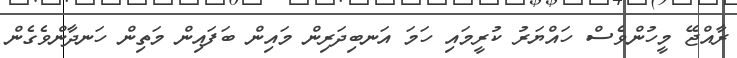
ރާއްޖޭ މީހުންވެސް ހައްޔަރު ކުރީމައި ހަމަ އަނބިދަރިން މައިން ބަފައިން މަތިން ހަނދާންވެގެން